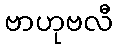
ဗာဟုဗလီ